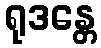
ရုဒန္တေ